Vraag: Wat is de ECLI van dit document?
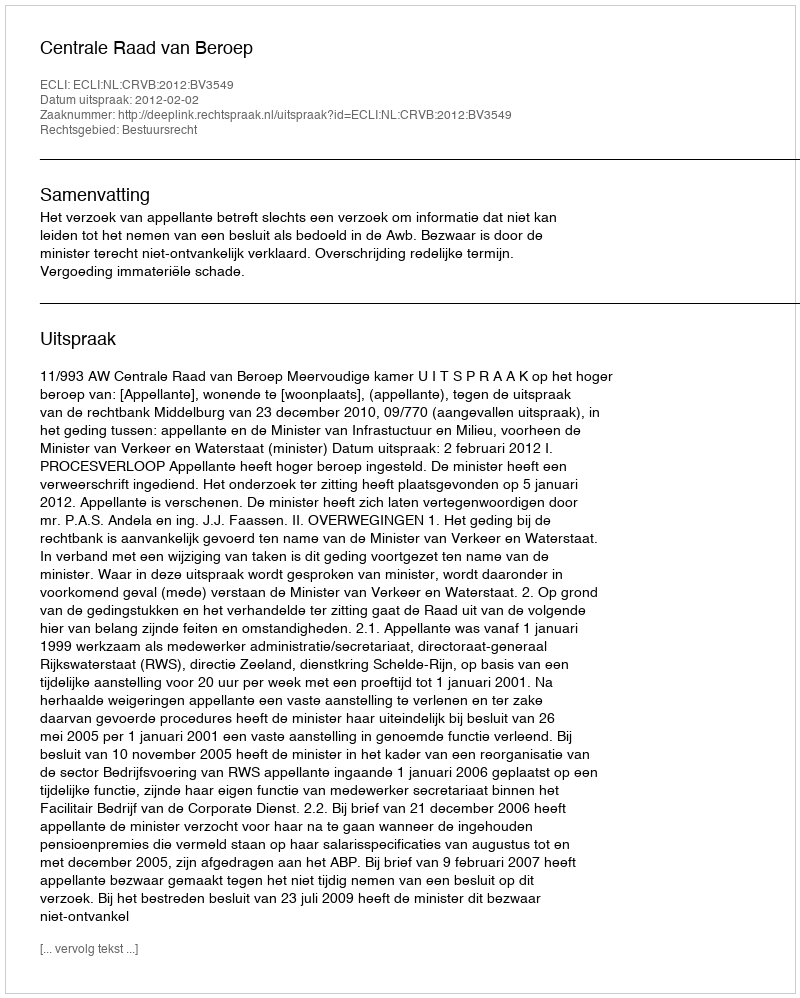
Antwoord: ECLI:NL:CRVB:2012:BV3549